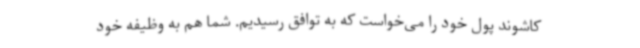
کاشوند پول خود را می‌خواست که به توافق رسیدیم. شما هم به وظیفه خود